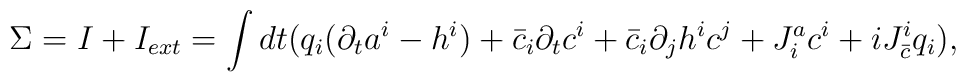
\Sigma = I + I_{ext}= \int dt(      q_i(\partial_t a^i-h^i)+ \bar c_i \partial_t c^i+ \bar c_i \partial_j h^i c^j+ J^a_ic^i + iJ_{\bar c}^iq_i),